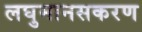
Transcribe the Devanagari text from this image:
लघुमानसकरण